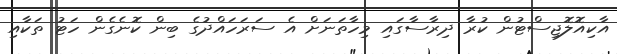
އާކިއޮލޮޖިސްޓުން ކުރާ ދިރާސާގައި މިހާތަނަށް އެ ސަރަހައްދުގެ ބިން ކޮނެގެން ހަޓު ތަކާއި